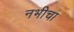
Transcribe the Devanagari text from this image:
नभीचा